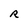
Character: R